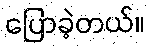
ပြောခဲ့တယ်။